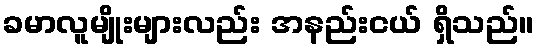
ခမာလူမျိုးများလည်း အနည်းငယ် ရှိသည်။